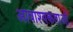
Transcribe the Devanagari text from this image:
आवाश्यकताओं